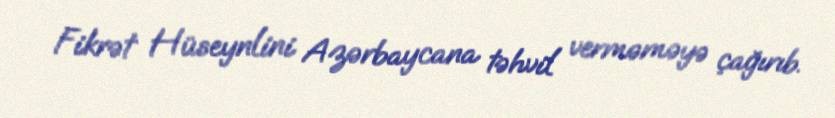
Fikrət Hüseynlini Azərbaycana təhvil verməməyə çağırıb.